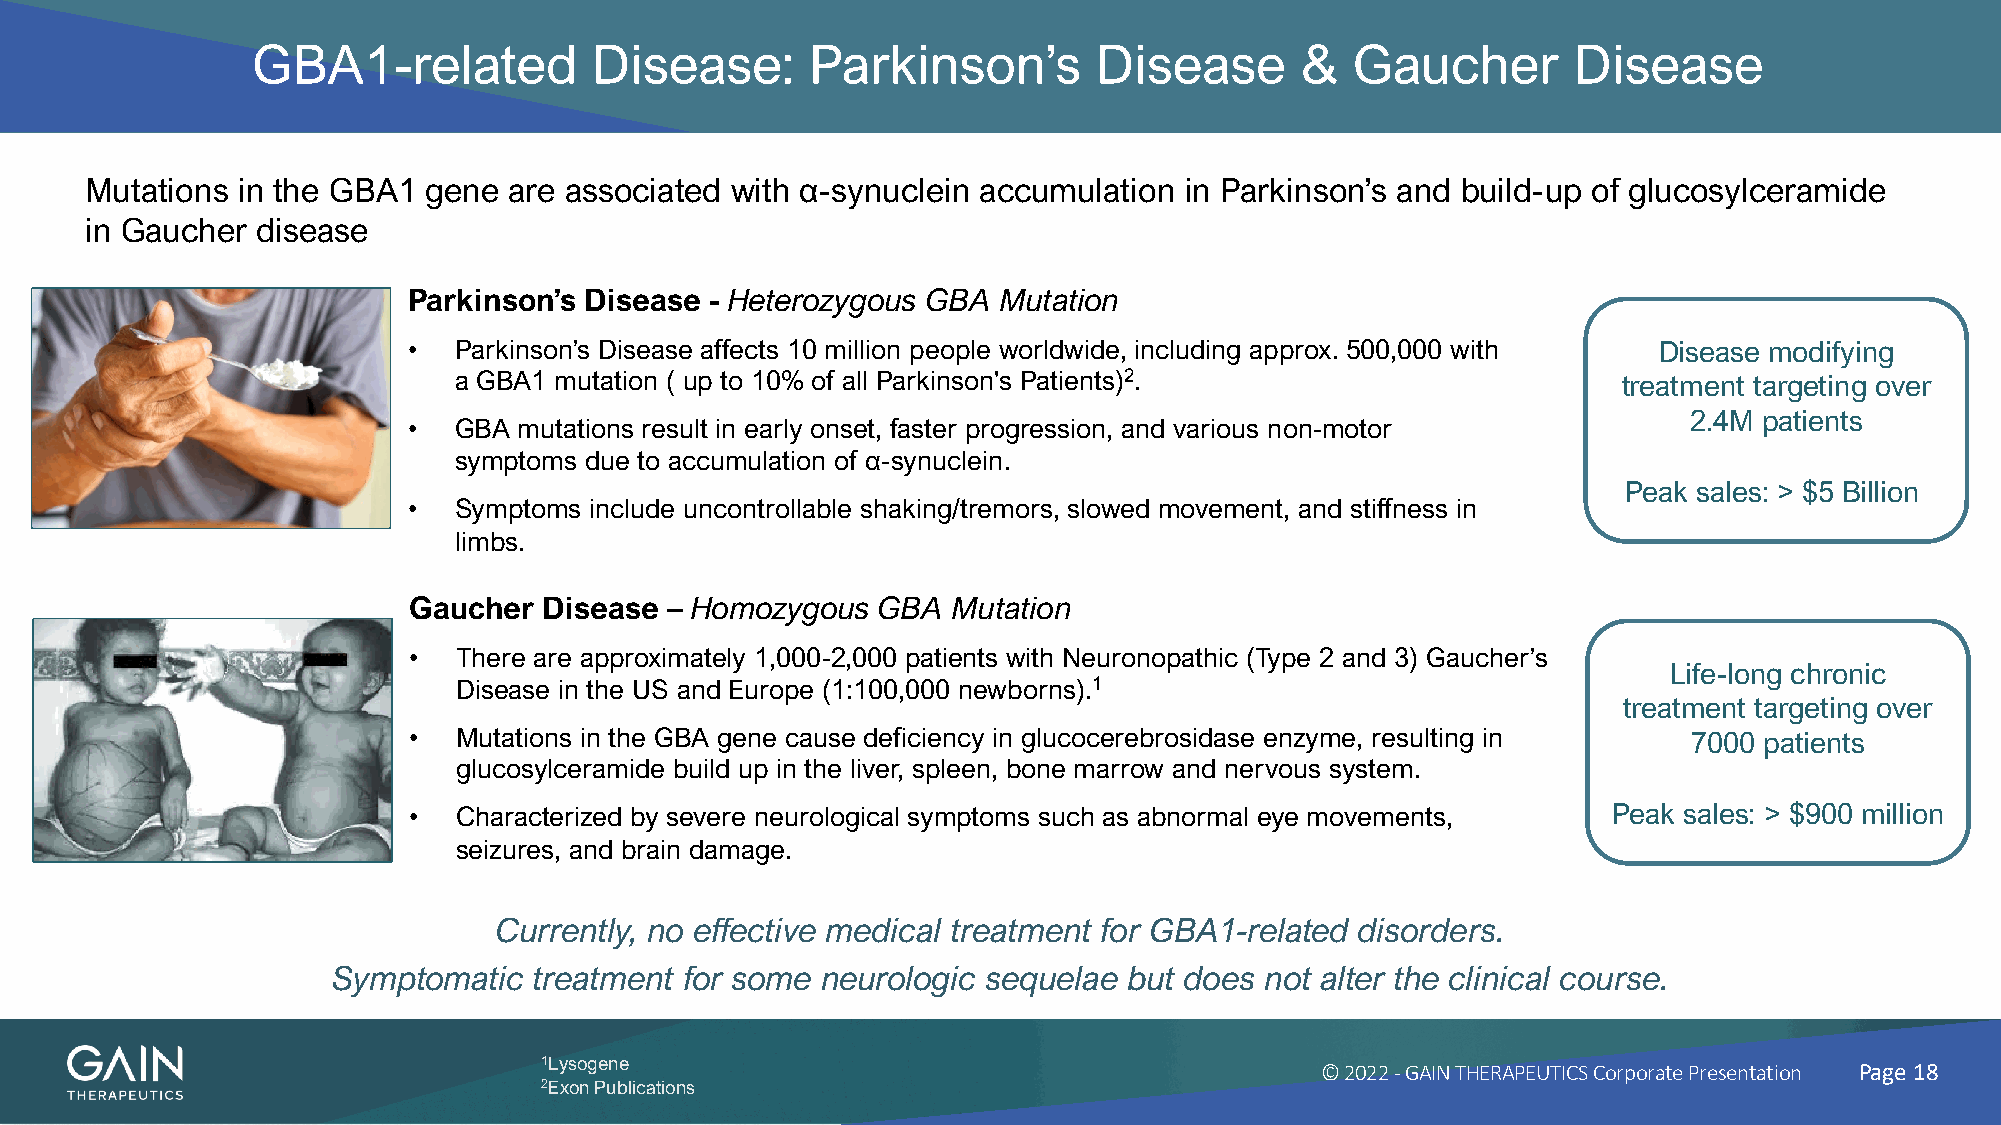
GBA1-related          Disease:       Parkinson’s        Disease      &   Gaucher       Disease
 Mutations in the GBA1 gene  are associated with α-synuclein accumulation in Parkinson’s and build-up of glucosylceramide
 in Gaucher disease
 Parkinson’s Disease - Heterozygous GBA Mutation
 •  Parkinson’s Disease affects 10 million people worldwide, including approx. 500,000 with Disease modifying
 a GBA1 mutation ( up to 10% of all Parkinson's Patients)2.                   treatment targeting over
 2.4M patients
 •  GBA mutations result in early onset, faster progression, and various non-motor
 symptoms due to accumulation of α-synuclein.
 Peak sales: > $5 Billion
 •  Symptoms include uncontrollable shaking/tremors, slowed movement, and stiffness in
 limbs.
 Gaucher  Disease – Homozygous  GBA  Mutation
 •  There are approximately 1,000-2,000 patients with Neuronopathic (Type 2 and 3) Gaucher’s
 Life-long chronic
 Disease in the US and Europe (1:100,000 newborns).1
 treatment targeting over
 •  Mutations in the GBA gene cause deficiency in glucocerebrosidase enzyme, resulting in 7000 patients
 glucosylceramide build up in the liver, spleen, bone marrow and nervous system.
 •  Characterized by severe neurological symptoms such as abnormal eye movements, Peak sales: > $900 million
 seizures, and brain damage.
 Currently, no effective medical treatment for GBA1-related disorders.
 Symptomatic  treatment for some neurologic sequelae  but does not alter the clinical course.
 1Lysogene
 © 2022 -GAIN THERAPEUTICS Corporate Presentation Page 18
 2Exon Publications